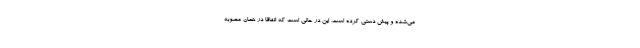
می‌شده و پیش دستی کرده است. این در حالی است که اتفاقا در همان مصوبه